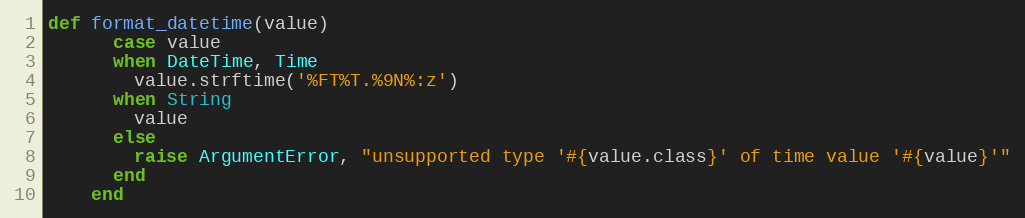
Language: Ruby
def format_datetime(value)
      case value
      when DateTime, Time
        value.strftime('%FT%T.%9N%:z')
      when String
        value
      else
        raise ArgumentError, "unsupported type '#{value.class}' of time value '#{value}'"
      end
    end